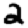
Digit: 2